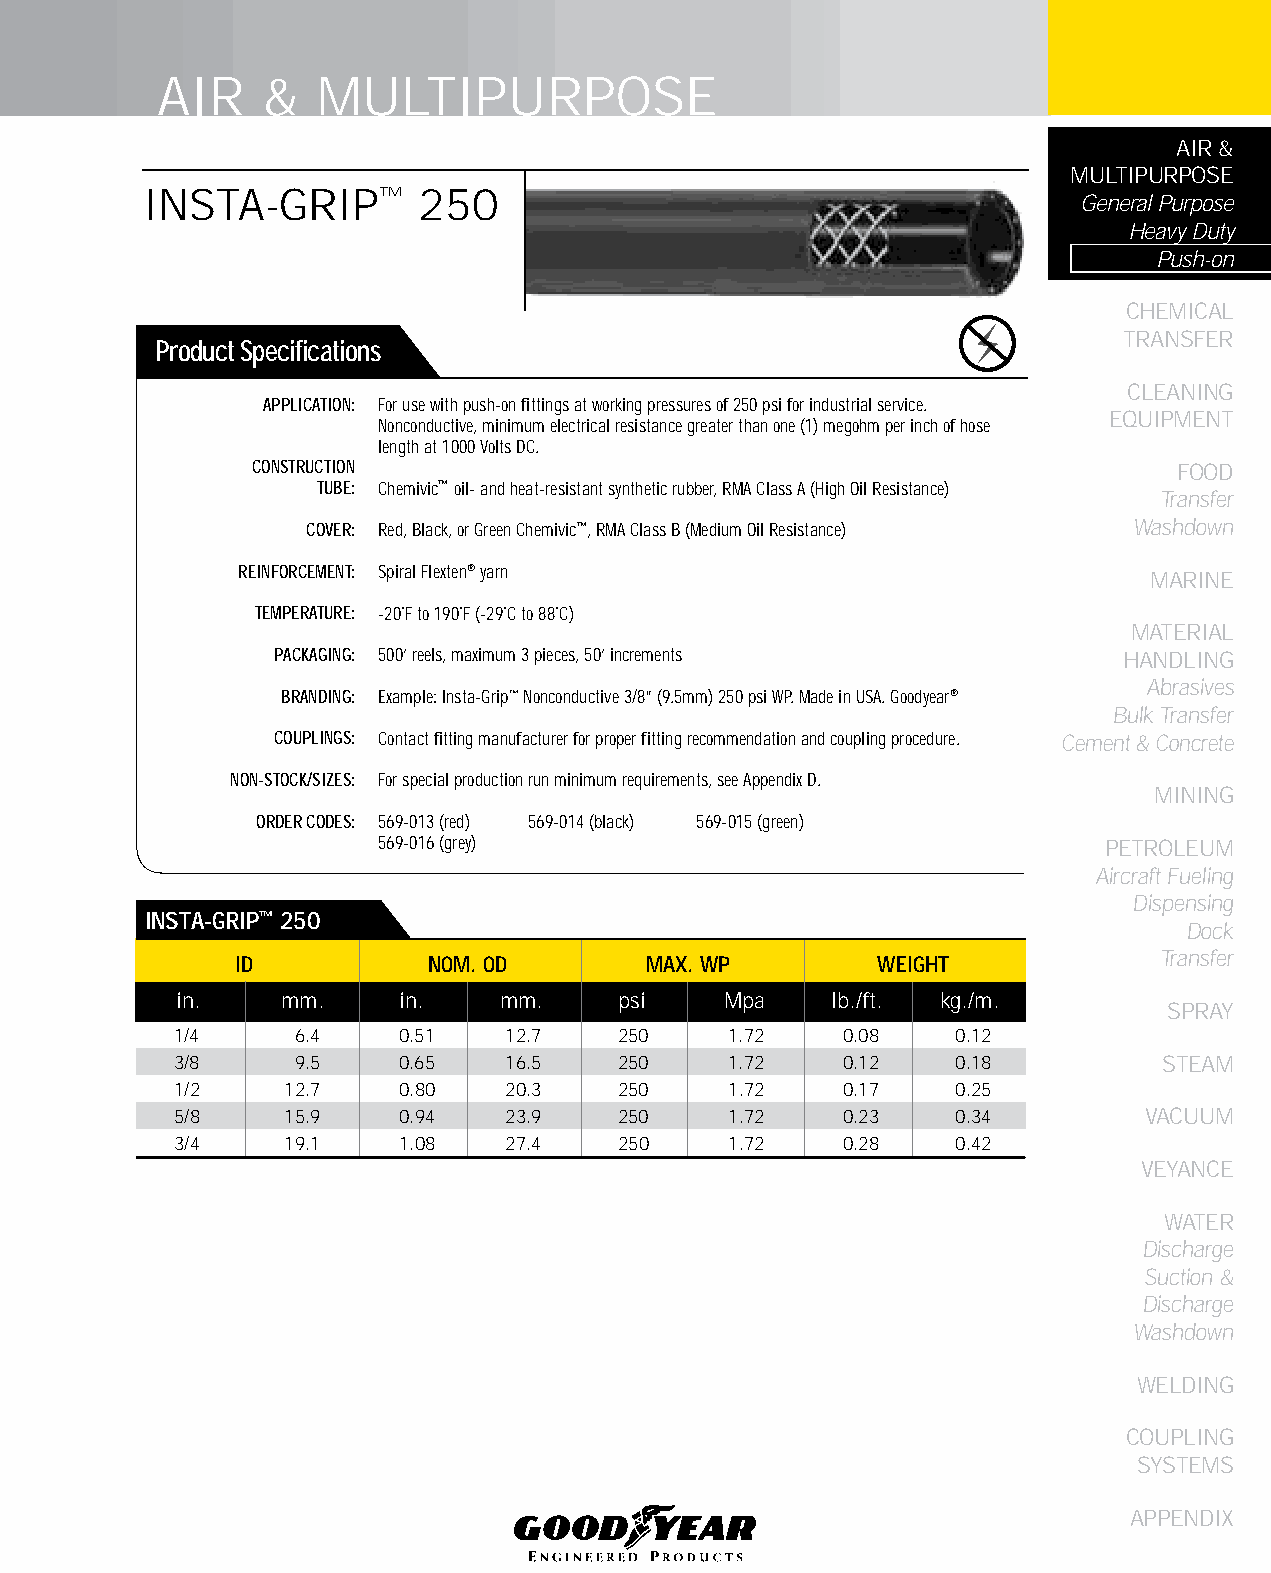
AIR    &   MULTIPURPOSE
 AIR &
 MULTIPURPOSE
 INSTA-GRIP™       250
 General Purpose
 Heavy Duty
 Push-on
 CHEMICAL
 TRANSFER
 Product Specifications
 CLEANING
 APPLICATION: For use with push-on fittings at working pressures of 250 psi for industrial service.
 EqUIPMENT
 Nonconductive, minimum electrical resistance greater than one (1) megohm per inch of hose
 length at 1000 Volts DC.
 CONSTRUCTION                                                 FOOD
 TUBE: Chemivic™ oil- and heat-resistant synthetic rubber, RMA Class A (High Oil Resistance)
 Transfer
 COVER: Red, Black, or Green Chemivic™, RMA Class B (Medium Oil Resistance) Washdown
 REINFORCEMENT: Spiral Flexten® yarn
 MARINE
 TEMPERATURE: -20˚F to 190˚F (-29˚C to 88˚C)
 MATERIAL
 PACKAGING: 500’ reels, maximum 3 pieces, 50’ increments HANDLING
 Abrasives
 BRANDING: Example: Insta-Grip™ Nonconductive 3/8” (9.5mm) 250 psi WP. Made in USA. Goodyear®
 Bulk Transfer
 COUPLINGS: Contact fitting manufacturer for proper fitting recommendation and coupling procedure. Cement & Concrete
 NON-STOCK/SIZES: For special production run minimum requirements, see Appendix D.
 MINING
 ORDER CODES: 569-013 (red) 569-014 (black) 569-015 (green)
 569-016 (grey)                                  PETROLEUM
 Aircraft Fueling
 Dispensing
 INSTA-GRIP™ 250
 Dock
 Transfer
 ID          NOM. OD        MAX. WP        WEIGHT
 in.    mm.    in.    mm.     psi    Mpa    lb./ft. kg./m.
 SPRAY
 1/4     6.4   0.51    12.7   250    1.72    0.08   0.12
 3/8     9.5   0.65    16.5   250    1.72    0.12   0.18          STEAM
 1/2    12.7   0.80    20.3   250    1.72    0.17   0.25
 5/8    15.9   0.94    23.9   250    1.72    0.23   0.34         VACUUM
 3/4    19.1   1.08    27.4   250    1.72    0.28   0.42
 VEYANCE
 WATER
 Discharge
 Suction &
 Discharge
 Washdown
 WELDING
 COUPLING
 SYSTEMS
 APPENDIX
 37